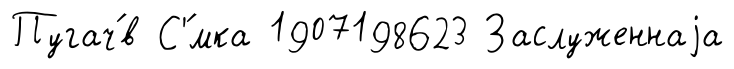
Пугач́в С'́мка 1907198623 Заслуженнаjа